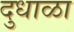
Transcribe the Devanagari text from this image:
दुधाळा